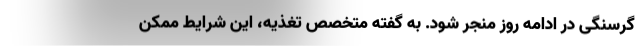
گرسنگی در ادامه روز منجر شود. به گفته متخصص تغذیه، این شرایط ممکن